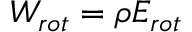
W _ { r o t } = \rho E _ { r o t }